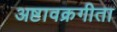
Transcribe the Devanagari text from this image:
अष्टावक्रगीता